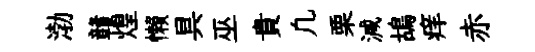
渤贛煌懒具巫貴凢栗減鴣痒赤